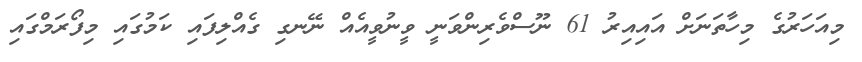
މިއަހަރުގެ މިހާތަނަށް އައިއިރު 61 ނޫސްވެރިންވަނީ ވީނުވީއެއް ނޭނގި ގެއްލިފައި ކަމުގައި މިފޯރަމްގައި